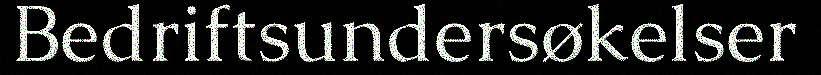
Bedriftsundersøkelser